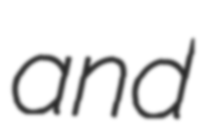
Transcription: and